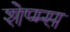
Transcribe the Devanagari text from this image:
शेप्म्स